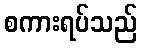
စကားရပ်သည်